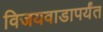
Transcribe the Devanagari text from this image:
विजयवाडापर्यंत